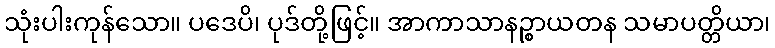
သုံးပါးကုန်သော။ ပဒေပိ၊ ပုဒ်တို့ဖြင့်။ အာကာသာနဉ္စာယတန သမာပတ္တိယာ၊